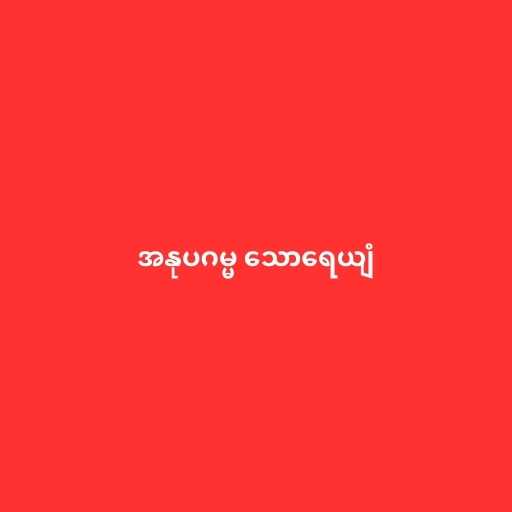
အနုပဂမ္မ သောရေယျံ